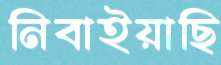
নিবাইয়াছি